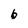
Character: b